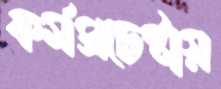
কর্মপ্রচেষ্টায়